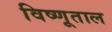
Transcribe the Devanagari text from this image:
विष्णूताल